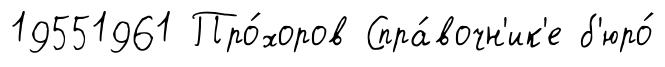
19551961 Про́хоров Спра́вочн'ик'е б'юро́